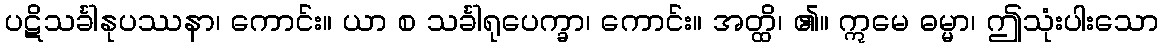
ပဋိသင်္ခါနုပဿနာ၊ ကောင်း။ ယာ စ သင်္ခါရုပေက္ခာ၊ ကောင်း။ အတ္ထိ၊ ၏။ ဣမေ ဓမ္မာ၊ ဤသုံးပါးသော